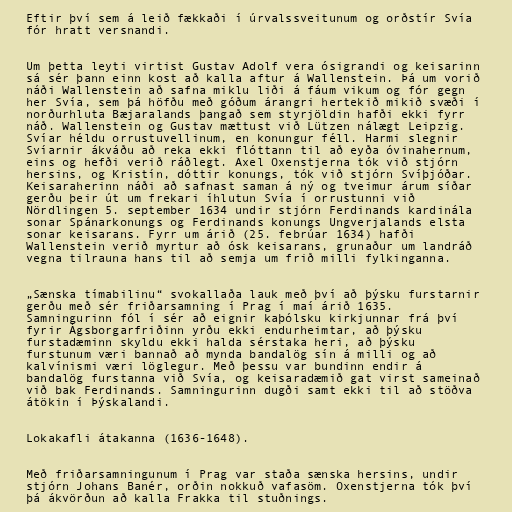
Eftir því sem á leið fækkaði í úrvalssveitunum og orðstír Svía
fór hratt versnandi.

Um þetta leyti virtist Gustav Adolf vera ósigrandi og keisarinn
sá sér þann einn kost að kalla aftur á Wallenstein. Þá um vorið
náði Wallenstein að safna miklu liði á fáum vikum og fór gegn
her Svía, sem þá höfðu með góðum árangri hertekið mikið svæði í
norðurhluta Bæjaralands þangað sem styrjöldin hafði ekki fyrr
náð. Wallenstein og Gustav mættust við Lützen nálægt Leipzig.
Svíar héldu orrustuvellinum, en konungur féll. Harmi slegnir
Svíarnir ákváðu að reka ekki flóttann til að eyða óvinahernum,
eins og hefði verið ráðlegt. Axel Oxenstjerna tók við stjórn
hersins, og Kristín, dóttir konungs, tók við stjórn Svíþjóðar.
Keisaraherinn náði að safnast saman á ný og tveimur árum síðar
gerðu þeir út um frekari íhlutun Svía í orrustunni við
Nördlingen 5. september 1634 undir stjórn Ferdinands kardinála
sonar Spánarkonungs og Ferdinands konungs Ungverjalands elsta
sonar keisarans. Fyrr um árið (25. febrúar 1634) hafði
Wallenstein verið myrtur að ósk keisarans, grunaður um landráð
vegna tilrauna hans til að semja um frið milli fylkinganna.

„Sænska tímabilinu“ svokallaða lauk með því að þýsku furstarnir
gerðu með sér friðarsamning í Prag í maí árið 1635.
Samningurinn fól í sér að eignir kaþólsku kirkjunnar frá því
fyrir Ágsborgarfriðinn yrðu ekki endurheimtar, að þýsku
furstadæminn skyldu ekki halda sérstaka heri, að þýsku
furstunum væri bannað að mynda bandalög sín á milli og að
kalvínismi væri löglegur. Með þessu var bundinn endir á
bandalög furstanna við Svía, og keisaradæmið gat virst sameinað
við bak Ferdinands. Samningurinn dugði samt ekki til að stöðva
átökin í Þýskalandi.

Lokakafli átakanna (1636-1648).

Með friðarsamningunum í Prag var staða sænska hersins, undir
stjórn Johans Banér, orðin nokkuð vafasöm. Oxenstjerna tók því
þá ákvörðun að kalla Frakka til stuðnings.